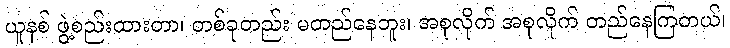
ယူနစ် ဖွဲ့စည်းထားတာ၊ တစ်ခုတည်း မတည်နေဘူး၊ အစုလိုက် အစုလိုက် တည်နေကြတယ်၊